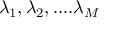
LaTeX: \lambda _ { 1 } , \lambda _ { 2 } , . . . . \lambda _ { M }